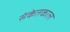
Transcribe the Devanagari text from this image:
संकेतकाल